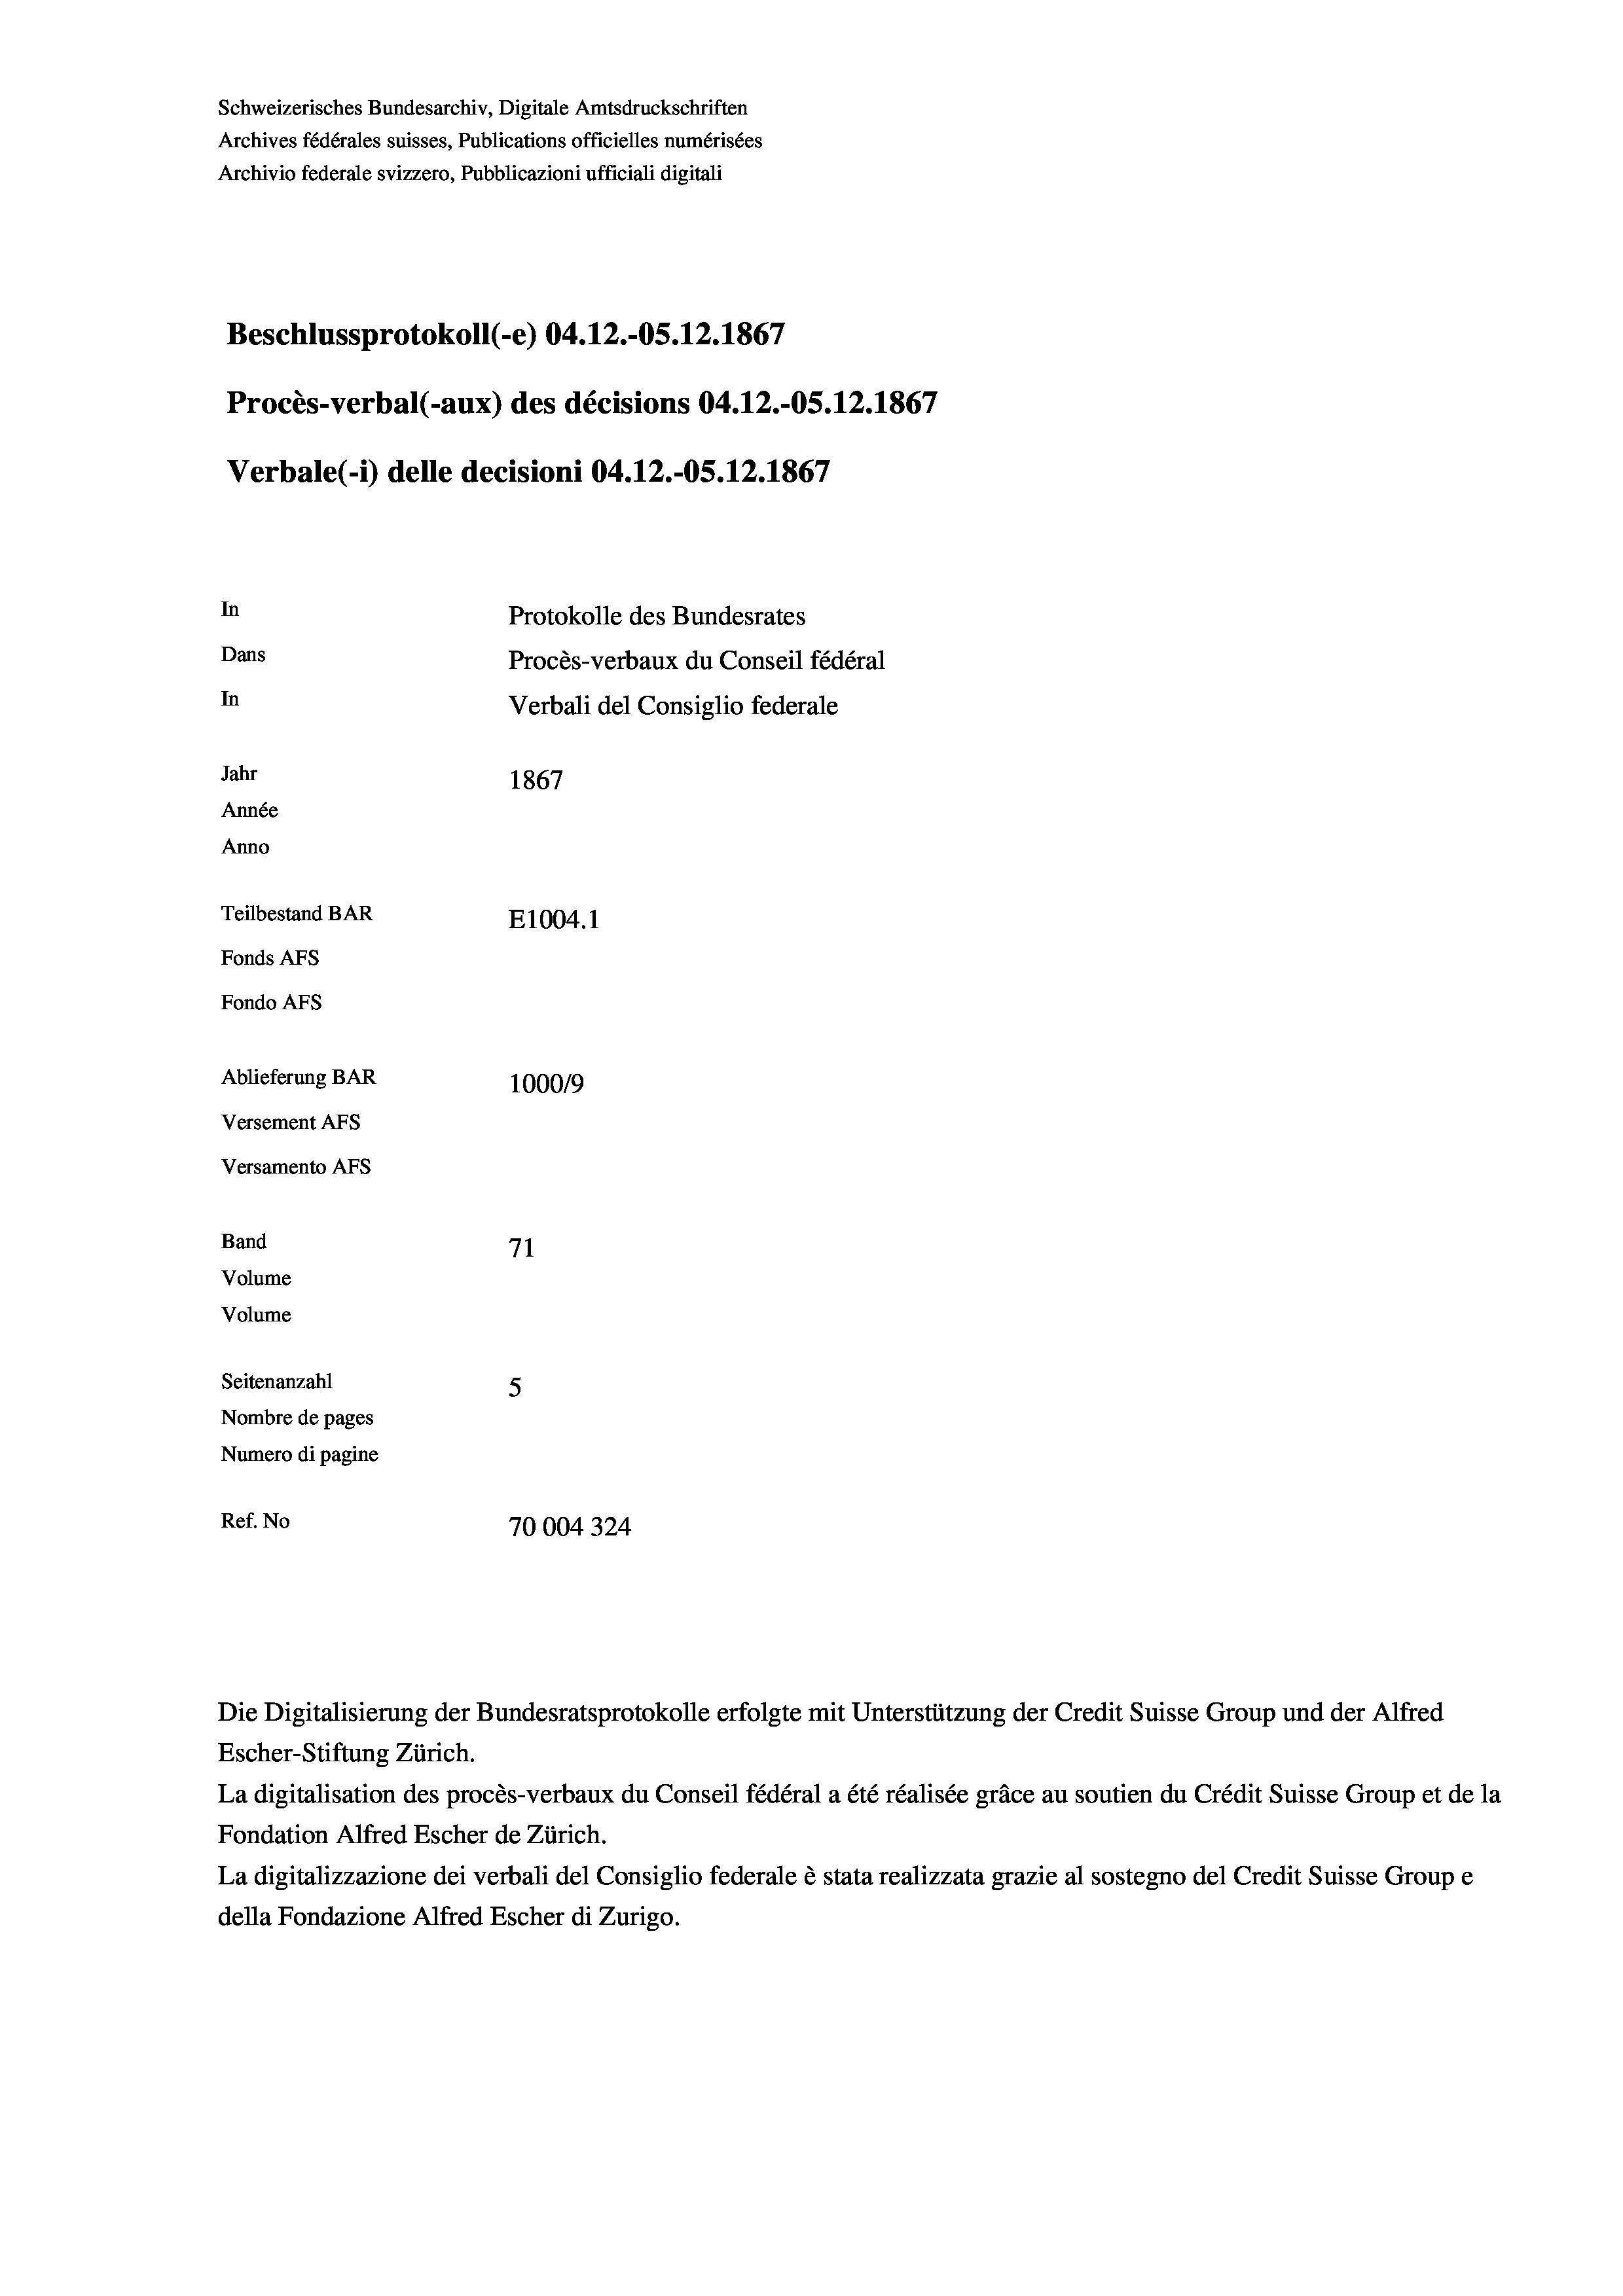
Schweizerisches Bundesarchiv, Digitale Amtsdruckschriften
Archives fédérales suisses, Publications officielles numérisées
Archivio federale svizzero, Pubblicazioni ufficiali digitali
Beschlussprotokoll (e) 04.12.-OS. 12. 1867
Procès-verbal (-aux) des décisions 04.12.-OS.12.1867
Verbale(-*) delle decisioni 04.12.-OS. 12. 1867
In
Protokolle des Bundesrates
Dans
Procès-verbaux du Conseil fédéral
In
Verbali del Consiglio federale
Jahr
1867
Année
Anno
Teilbestand BAR
E1004.1
Fonds AFs
Fondo AFs
Ablieferung BAR
100019
Versement AFs
Versamento AFs
Band
71
Volume
Volume
Seitenanzahl
5

Nombre de pages
Numero di pagine
Ref. No
70004324

Escher-Stiftung Zürich.
La digitalisation des procès-verbaux du Conseil fédéral a été réalisée gräce au soutien du Crédit Suisse Group et de la
Fondation Alfred Escher de Zürich.
La digitalizzazione dei verbali del Consiglio federale è stata realizzata grazie al sostegno del Credit Suisse Groupe
della Fondazione Alfred Escher di Zurigo.

Die Digitalisierung der Bundesratsprotokolle erfolgte mit Unterstützung der Credit Suisse Group und der Alfred